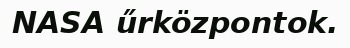
NASA űrközpontok.